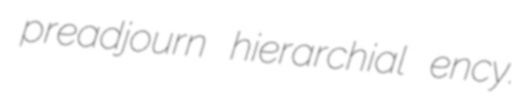
preadjourn hierarchial ency.